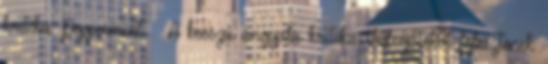
kritika Peppermint – A bosszú angyala kritika Videójátékot fejlesztenek